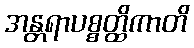
အန္တရာပစ္စတ္ထိကာတိ